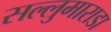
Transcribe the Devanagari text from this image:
सल्लुमाराडा